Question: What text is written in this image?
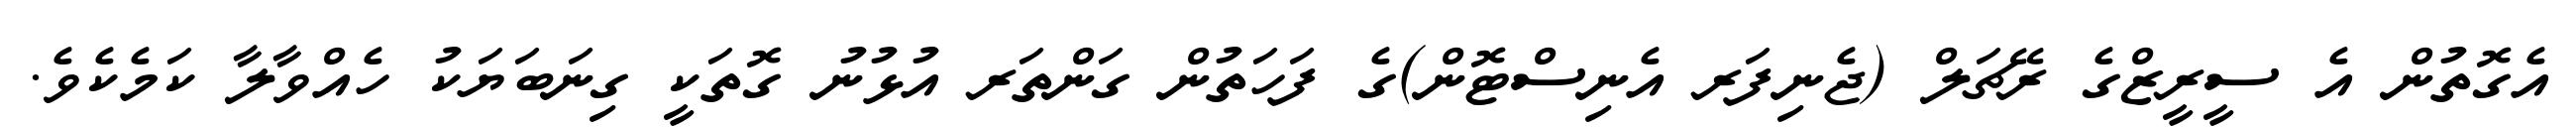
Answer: އެގޮތުން އެ ސީރީޒްގެ ރޭޗަލް (ޖެނިފަރ އެނިސްޓޮން)ގެ ފަހަތުން ގަންތަރ އުޅުނު ގޮތަކީ ގިނަބަޔަކު ހެއްވާލާ ކަމެކެވެ.